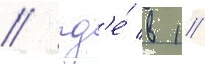
/ гд'е́ в 1/